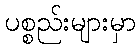
ပစ္စည်းများမှာ